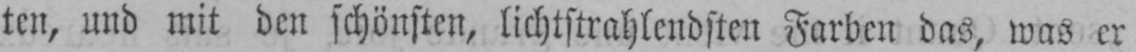
ten, und mit den schönsten, lichtstrahlendsten Farben das, was er